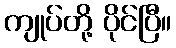
ကျုပ်တို့ ပိုင်ပြီ။